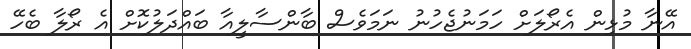
އޭނާ މުޅިން އެރޯލަށް ހަމަނުޖެހުނު ނަމަވެސް ބާންސާލީއާ ބައްދަލުކޮށް އެ ރޯލާ ބެހޭ